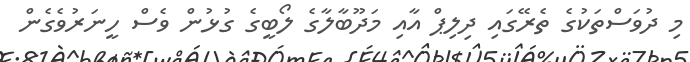
މި ދުވަސްތަކުގެ ތެރޭގައި ދިލިޕް އާއި މަދޫބާލާގެ ލޯބީގެ ގުޅުން ވެސް ހީނަރުވެގެން